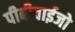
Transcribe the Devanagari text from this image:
पीबीवाईजो